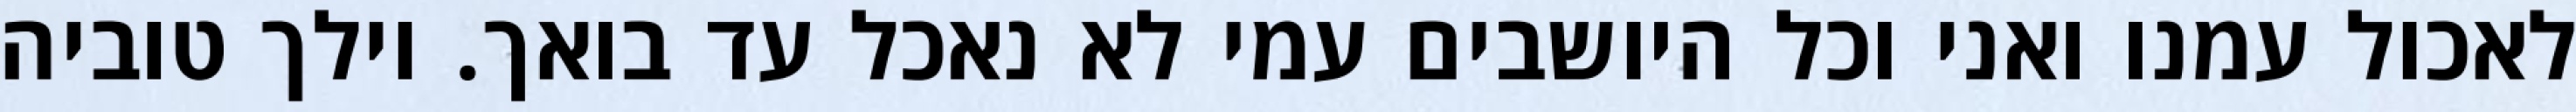
לאכול עמנו ואני וכל היושבים עמי לא נאכל עד בואך. וילך טוביה